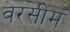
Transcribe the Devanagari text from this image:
वरसीम